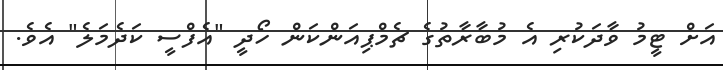
އަށް ޓީމު ވާދަކުރި އެ މުބާރާތުގެ ޗެމްޕިއަންކަން ހޯދީ "އެފްސީ ކަދެމަލެ" އެވެ.